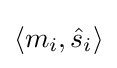
\langle m_{i},{\hat {s}}_{i}\rangle